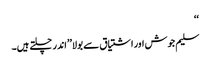
‘‘
سلیم جوش اور اشتیاق سے بولا’’اندر چلتے ہیں۔